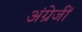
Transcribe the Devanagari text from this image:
अंग्रेजीं